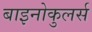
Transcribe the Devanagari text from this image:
बाइनोकुलर्स